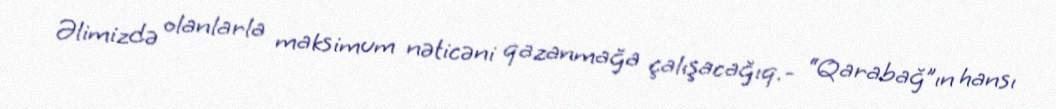
Əlimizdə olanlarla maksimum nəticəni qazanmağa çalışacağıq.- “Qarabağ”ın hansı